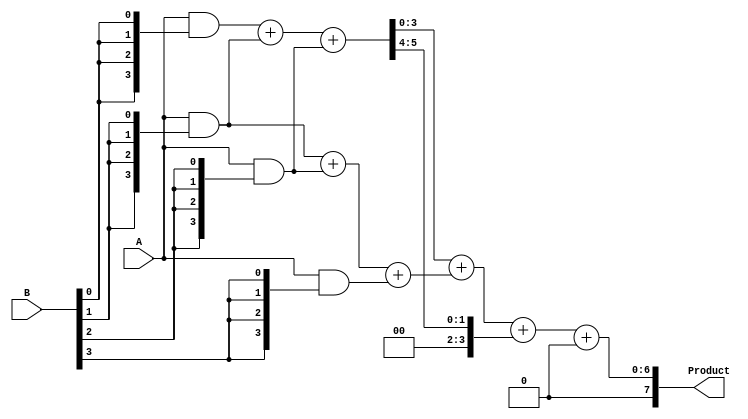
module WallaceTreeMultiplier #(parameter N = 4) (
    input [N-1:0] A,
    input [N-1:0] B,
    output reg [2*N-1:0] Product
);

    // Partial product generation
    wire [N-1:0] pp [N-1:0]; // Partial products
    genvar i, j;
    generate
        for (i = 0; i < N; i = i + 1) begin : pp_gen
            assign pp[i] = A & {N{B[i]}}; // ANDing each bit of B with A
        end
    endgenerate

    // Reduction stage
    wire [N-1:0] sum [N-1:0]; // Sums of partial products
    wire [N-1:0] carry [N-1:0]; // Carries from adders

    // Initial stage of reduction
    generate
        for (i = 0; i < N; i = i + 1) begin : reduction_stage
            if (i < N-1) begin
                // Full adder for three inputs
                assign {carry[i], sum[i]} = pp[i] + pp[i+1] + pp[i+2];
            end else begin
                assign sum[i] = pp[i];
                assign carry[i] = 0;
            end
        end
    endgenerate

    // Final addition of reduced partial products
    wire [2*N-1:0] final_sum;
    wire [2*N-1:0] final_carry;

    assign {final_carry, final_sum} = {1'b0, sum[0]} + {1'b0, sum[1]} + {1'b0, carry[0]};

    always @(*) begin
        Product = final_sum + final_carry; // Final product
    end

endmodule